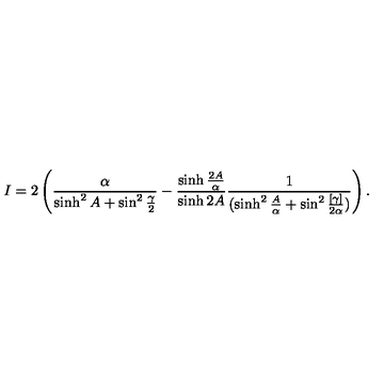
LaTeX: I = 2 \left( { \frac { \alpha } { \sinh ^ { 2 } A + \sin ^ { 2 } { \frac { \gamma } { 2 } } } } - { \frac { \sinh { \frac { 2 A } { \alpha } } } { \sinh { 2 A } } } { \frac { 1 } { ( \sinh ^ { 2 } { \frac { A } { \alpha } } + \sin ^ { 2 } { \frac { [ \gamma ] } { 2 \alpha } } ) } } \right) .